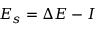
E _ { s } = \Delta E - I